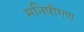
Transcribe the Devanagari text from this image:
मनिषीगण